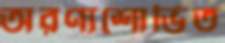
অরণ্যশোভিত